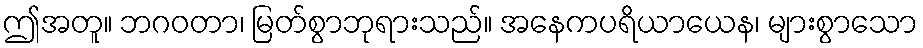
ဤအတူ။ ဘဂဝတာ၊ မြတ်စွာဘုရားသည်။ အနေကပရိယာယေန၊ များစွာသော